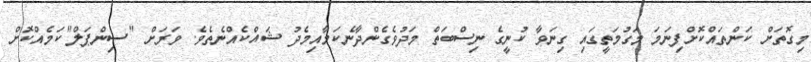
މިގޮތަށް ކަންތައްކޮށްފިނަމަ މަގުމަތީގައި ގިނަވާ ކުނީގެ ނިސްބަތް މަދުވެގެންދާނެކަމާއިމެދު ޝައްކެއްނެތެވެ. ވަރަށް "ސިންޕަލް"ކަމެއްކޮށް